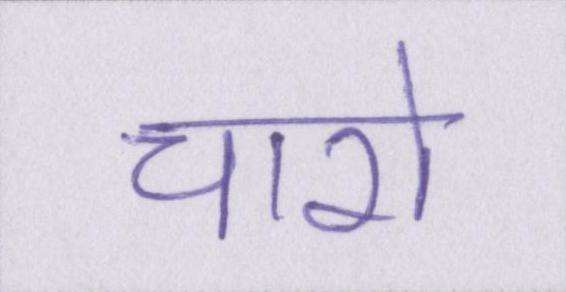
चारो